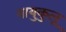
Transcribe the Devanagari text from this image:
नायुकुलू